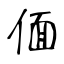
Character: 偭